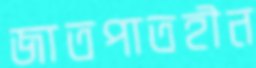
জাতপাতহীন